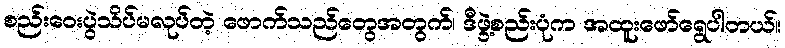
စည်းဝေးပွဲသိပ်မလုပ်တဲ့ ဖောက်သည်တွေအတွက်၊ ဒီဖွဲ့စည်းပုံက အထူးဖော်ရွေပါတယ်။